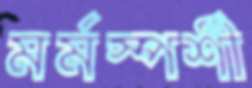
মর্মস্পর্শী